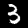
Label: 3